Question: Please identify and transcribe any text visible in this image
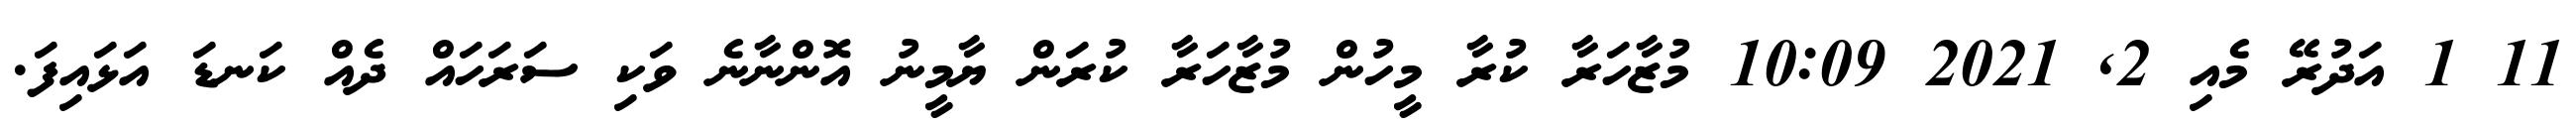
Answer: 11 1 އަދުރޭ މެއި 2, 2021 10:09 މުޒާހަރާ ކުރާ މީހުން މުޒާހަރާ ކުރަން ޔާމީނު އޮންނާނެ ވަކި ސަރަހައް ދެއް ކަނޑަ އަޅައިފަ.